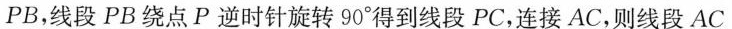
PB，线段PB绕点P逆时针旋转90°得到线段PC，连接AC，则线段AC